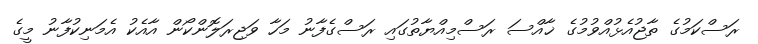
ރަސްކަމުގެ ތާޖުއެޅުއްވުމުގެ ޚާއްސަ ރަސްމިއްޔާތުގައި ރަސްގެފާނު މަހާ ވަޖިރަލޮންކޯން އާއެކު އެމަނިކުފާނު މީގެ